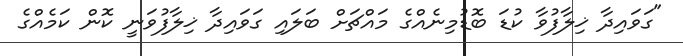
"ގަވައިދާ ޚިލާފުވާ ކުޑަ ބޮޑުމިނެއްގެ މައްޗަށް ބަލައި ގަވައިދާ ޚިލާފުވަނީ ކޮން ކަމެއްގެ